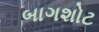
બાગશોટ